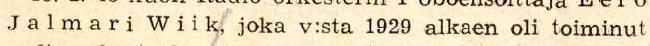
Jalmari Wiik, joka v:sta 1929 alkaen oli toiminut